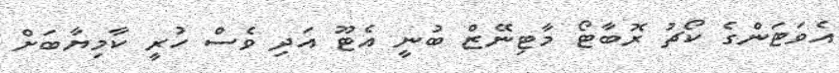
އެވަޓަންގެ ކޯޗު ރޮބާޓޯ މާޓިނޭޒް ބުނީ އެޓޫ އަދި ވެސް ހުރީ ކާމިޔާބަށް